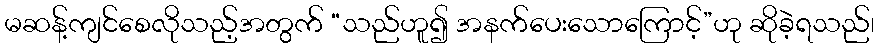
မဆန့်ကျင်စေလိုသည့်အတွက် “သည်ဟူ၍ အနက်ပေးသောကြောင့်”ဟု ဆိုခဲ့ရသည်၊